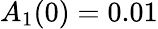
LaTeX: A_{1}(0)=0.01